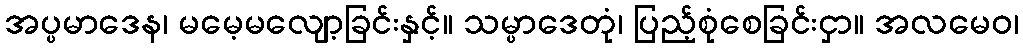
အပ္ပမာဒေန၊ မမေ့မလျော့ခြင်းနှင့်။ သမ္ပာဒေတုံ၊ ပြည့်စုံစေခြင်းငှာ။ အလမေဝ၊